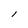
Character: l